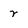
Character: r